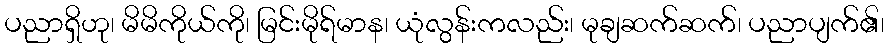
ပညာရှိဟု၊ မိမိကိုယ်ကို၊ မြင်းမိုရ်မာန၊ ယုံလွန်းကလည်း၊ မုချဆက်ဆက်၊ ပညာပျက်၏၊